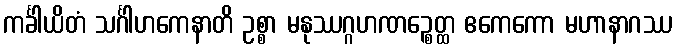
ကင်္ခါယိတံ သင်္ဂါဟကေနာတိ ဥစ္စာ မနုဿဂ္ဂဟဏဉ္စေတ္ထ ဧကေကော မဟာနာဂဿ